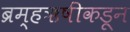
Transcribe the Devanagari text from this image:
ब्रम्हऋषींकडून